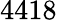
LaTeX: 4418